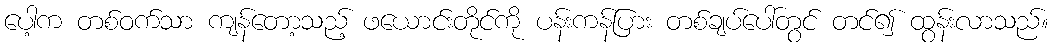
ပေါ့က တစ်ဝက်သာ ကျန်တော့သည့် ဖယောင်းတိုင်ကို ပန်းကန်ပြား တစ်ချပ်ပေါ်တွင် တင်၍ ထွန်းလာသည်။